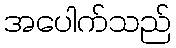
အပေါက်သည်